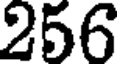
256